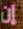
إن